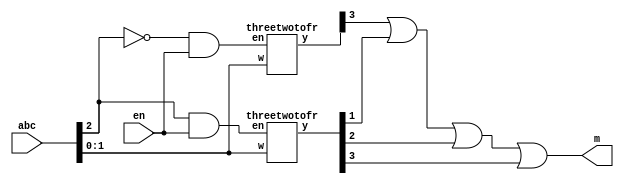
module lab9ex3(abc, m, en);
	input [2:0]abc;
	output m;
	input en;
	
	wire w1, w2;
	wire [7:0]f;

	assign w1 = ~abc[2]&en;
	assign w2 = abc[2]&en;

	threetwotofr stage0(abc[1:0], f[3:0], w1);
	threetwotofr stage1(abc[1:0], f[7:4], w2);
	assign m = f[3]|f[5]|f[6]|f[7];
endmodule

module threetwotofr(w, y, en);
	input [1:0]w;
	output [3:0]y;
	input en;
	reg [3:0]y;

	always@(w or en)
	begin
		if(en==0)
			y=0;
	
		else
		begin
			case(w)
				0:y=1;
				1:y=2;
				2:y=4;
				3:y=8;
			endcase
		end
	end
endmodule